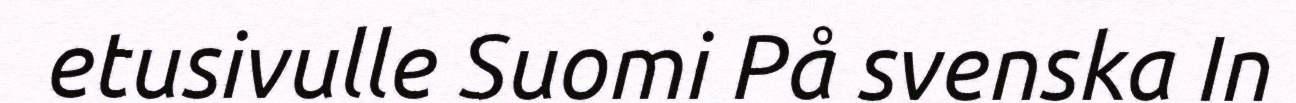
etusivulle Suomi På svenska In